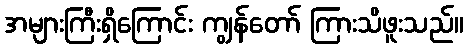
အများကြီးရှိကြောင်း ကျွန်တော် ကြားသိဖူးသည်။